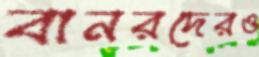
বানরদেরও